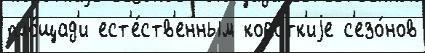
пло́щад'и ест'е́ств'енным коро́тк'иjе с'езо́нов